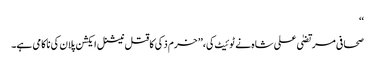
‘‘
صحافی مرتضیٰ علی شاہ نے ٹوئیٹ کی،’’ خرم ذکی کا قتل نیشنل ایکشن پلان کی ناکامی ہے۔